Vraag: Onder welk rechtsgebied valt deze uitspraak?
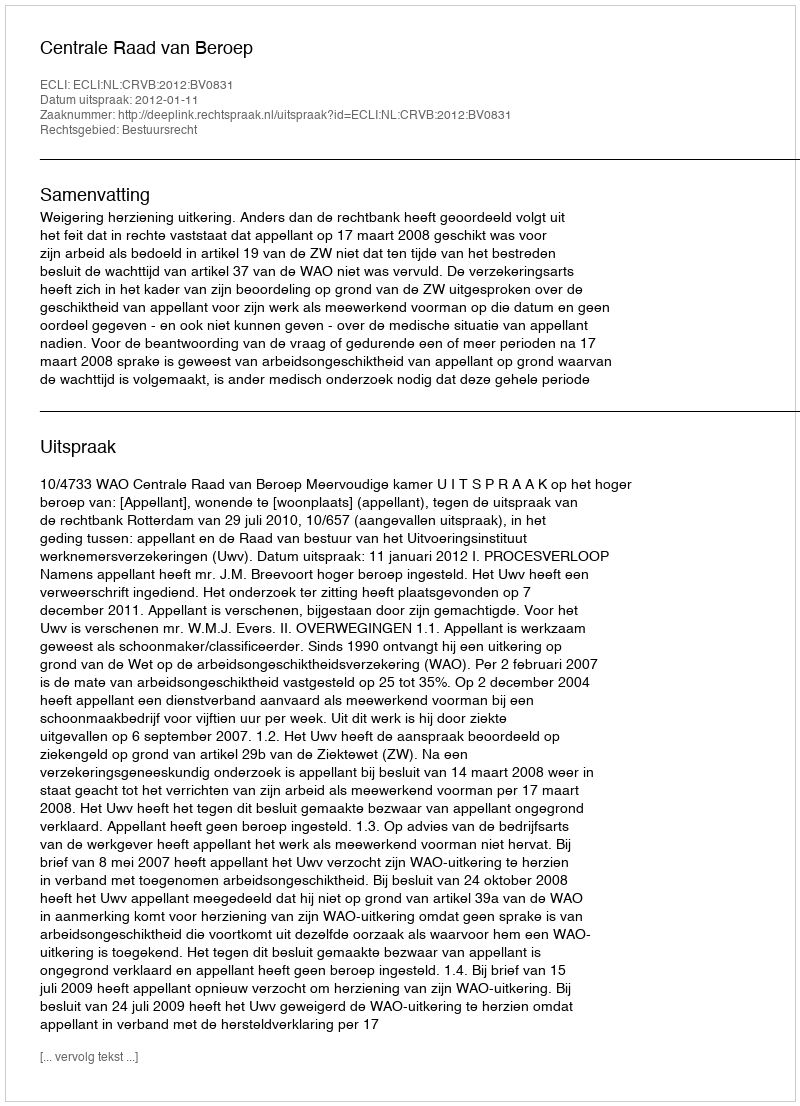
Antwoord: Bestuursrecht